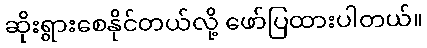
ဆိုးရွားစေနိုင်တယ်လို့ ဖော်ပြထားပါတယ်။